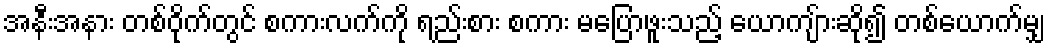
အနီးအနား တစ်ဝိုက်တွင် စကားလက်ကို ရည်းစား စကား မပြောဖူးသည့် ယောကျ်ားဆို၍ တစ်ယောက်မျှ